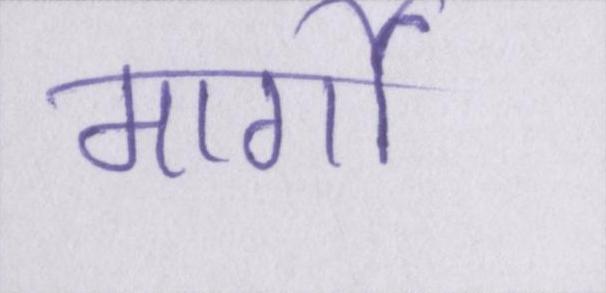
मार्गो